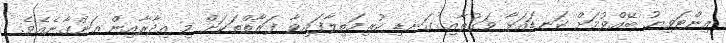
އިންޓަވިޔު ބޭއްވުމަށް ކަނޑައަޅާ ވަގުތާއި ގަނޑި ކުރިމަތިލާފައިވާ ފަރާތްތަކަށް މި އިދާރާއިން އަންގާނެއެވެ.